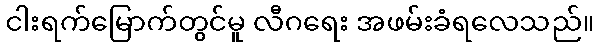
ငါးရက်မြောက်တွင်မူ လီဂရေး အဖမ်းခံရလေသည်။